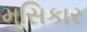
મૂસિકાર